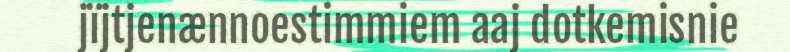
jïjtjenænnoestimmiem aaj dotkemisnie